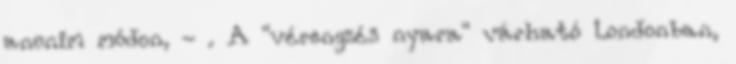
anonim módon, - . A "vérengzés nyara" várható Londonban,